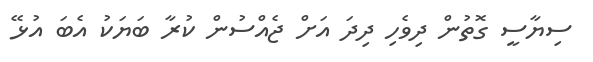
ސިޔާސީ ގޮތުން ދިވެހި ދިދަ އަށް ޖެއްސުން ކުރާ ބަޔަކު އެބަ އުޅޭ